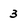
Character: 3